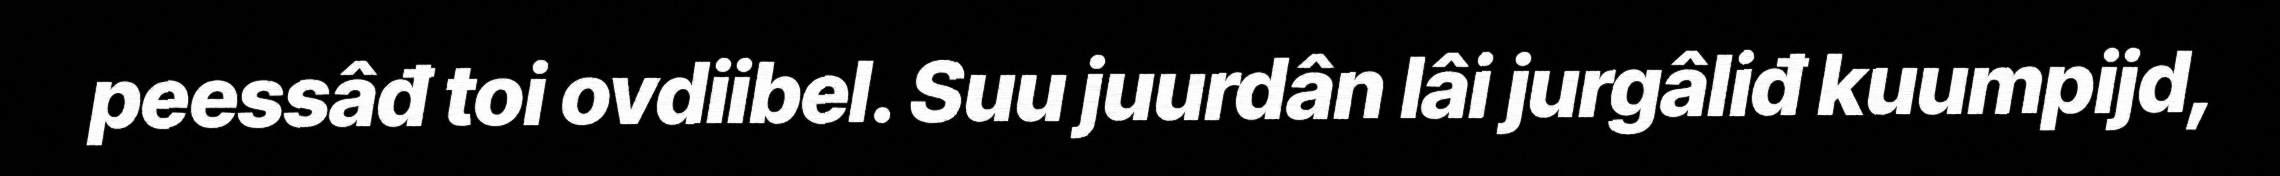
peessâđ toi ovdiibel. Suu juurdân lâi jurgâliđ kuumpijd,